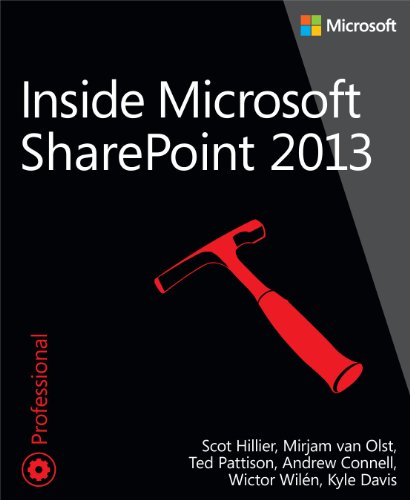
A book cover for Inside Microsoft SharePoint 2013 (Developer Reference); Scot Hillier; Computers & Technology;